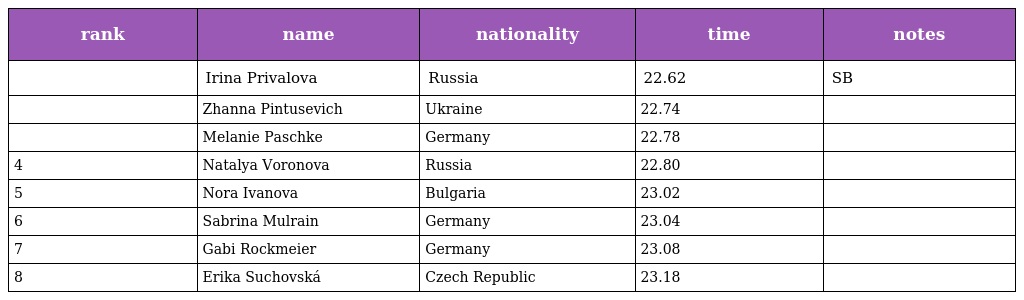
| rank | name | nationality | time | notes |
 | --- | --- | --- | --- | --- |
 |  | Irina Privalova | Russia | 22.62 | SB |
 |  | Zhanna Pintusevich | Ukraine | 22.74 |  |
 |  | Melanie Paschke | Germany | 22.78 |  |
 | 4 | Natalya Voronova | Russia | 22.80 |  |
 | 5 | Nora Ivanova | Bulgaria | 23.02 |  |
 | 6 | Sabrina Mulrain | Germany | 23.04 |  |
 | 7 | Gabi Rockmeier | Germany | 23.08 |  |
 | 8 | Erika Suchovská | Czech Republic | 23.18 |  |